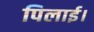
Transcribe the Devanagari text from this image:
पिलाई।